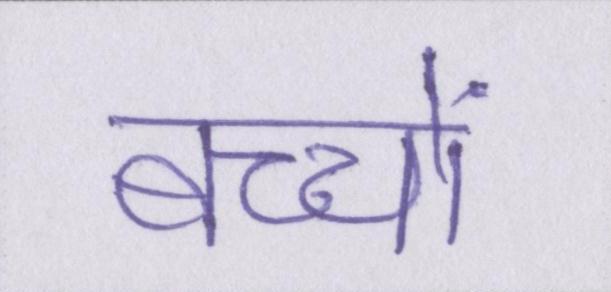
बच्चों